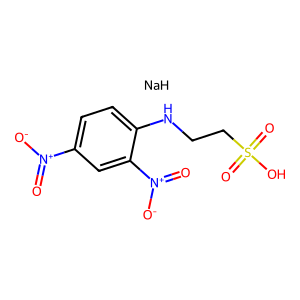
SMILES: O=[N+]([O-])c1ccc(NCCS(=O)(=O)O)c([N+](=O)[O-])c1.[NaH]
Inhibits HIV replication: No